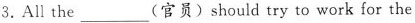
3.All the___(官员)should try to work for the